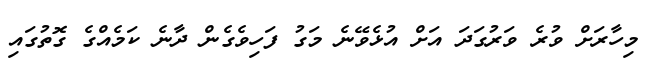
މިހާރަށް ވުރެ ވަރުގަދަ އަށް އުޅެވޭނެ މަގު ފަހިވެގެން ދާނެ ކަމެއްގެ ގޮތުގައި